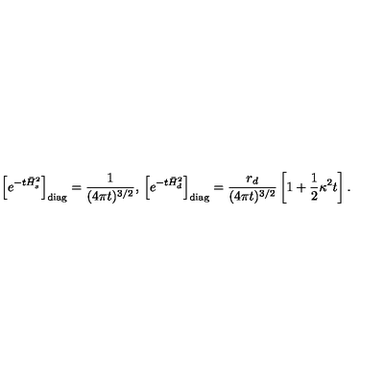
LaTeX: \left[ e ^ { - t \bar { H } _ { s } ^ { 2 } } \right] _ { \mathrm { d i a g } } = { \frac { 1 } { ( 4 \pi t ) ^ { 3 / 2 } } } , { } \left[ e ^ { - t \bar { H } _ { d } ^ { 2 } } \right] _ { \mathrm { d i a g } } = { \frac { r _ { d } } { ( 4 \pi t ) ^ { 3 / 2 } } } \left[ 1 + \frac 1 2 \kappa ^ { 2 } t \right] .